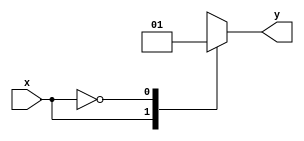
module module_scope_case_top(
	input wire x,
	output reg y
);
	always @* begin
		case (module_scope_case_top.x)
			1: module_scope_case_top.y = 0;
			0: module_scope_case_top.y = 1;
		endcase
	end
endmodule